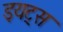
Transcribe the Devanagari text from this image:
इयट्स